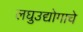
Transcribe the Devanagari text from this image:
लघुउद्योगाचे